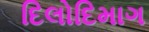
દિલોદિમાગ